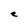
Character: e